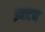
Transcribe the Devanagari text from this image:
इवाटन